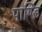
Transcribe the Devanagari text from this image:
पाण्डि